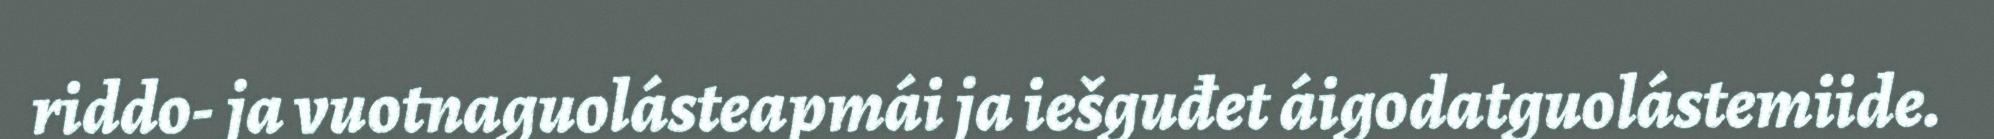
riddo- ja vuotnaguolásteapmái ja iešguđet áigodatguolástemiide.